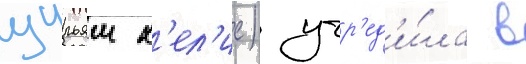
уильям х'ел'ис) учр'ед'и́ла в